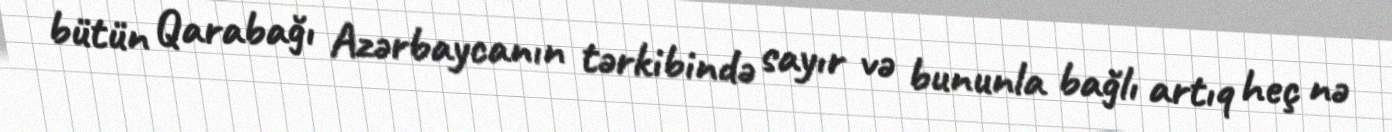
bütün Qarabağı Azərbaycanın tərkibində sayır və bununla bağlı artıq heç nə